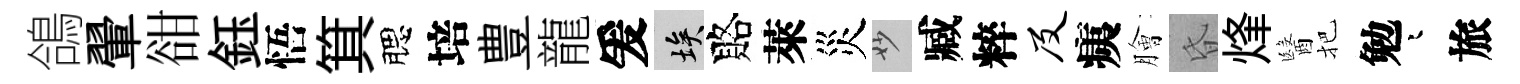
鴿翬𧮳鈺悟箕腮培豊龍爰埃賂萊災妙臧粹及痍膾昏烽醫把勉迢旅